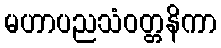
မဟာပညသံဝတ္တနိကာ